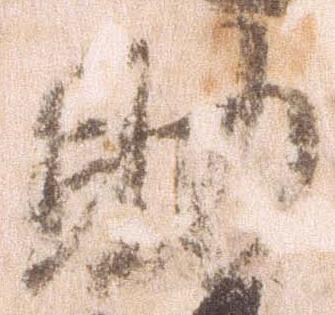
助